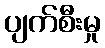
ပျက်စီးမှု